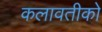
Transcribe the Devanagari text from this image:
कलावतीको